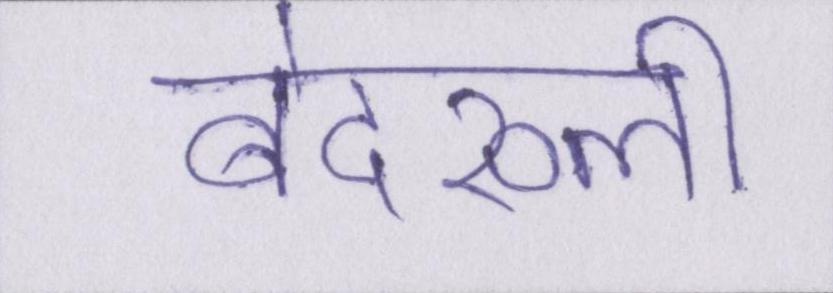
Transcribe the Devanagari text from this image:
बेदख्ली